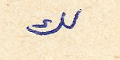
لك